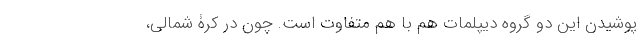
پوشیدن این دو گروه دیپلمات هم با هم متفاوت است. چون در کرۀ شمالی،